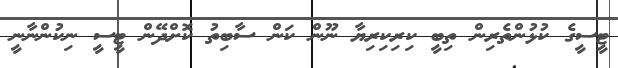
ޓީސީގެ ކުޅުންތެރިން ތިބީ ކިރިކިރިޔާ ނޫން ކަން ސާބިތު ކޮށްދޭން ޓީސީ ނިކުންނާނީ